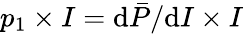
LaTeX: p_{\mathrm{1}}\times I=\mathrm{d}\bar{P}/\mathrm{d}I\times I